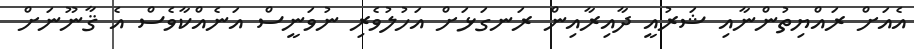
އެއަށް ރައްޔިތުންނާއި ޝަރުއީ ދާއިރާއިން ރަނގަޅަށް އަހުލުވެރި ނުވަނީސް އަނެއްކާވެސް އެ ޤާނޫނަށް